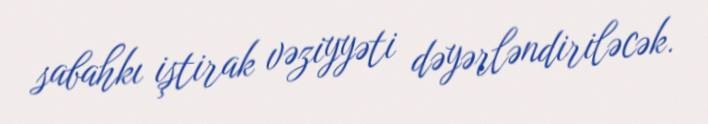
sabahkı iştirak vəziyyəti dəyərləndiriləcək.